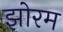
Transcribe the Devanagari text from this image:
झोरम